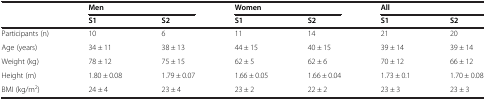
|  | <COLSPAN=2> Men | <COLSPAN=2> Women | <COLSPAN=2> All |
 |  | S1 | S2 | S1 | S2 | S1 | S2 |
 | --- | --- | --- | --- | --- | --- | --- |
 | Participants (n) | 10 | 6 | 11 | 14 | 21 | 20 |
 | Age (years) | 34 ± 11 | 38 ± 13 | 44 ± 15 | 40 ± 15 | 39 ± 14 | 39 ± 14 |
 | Weight (kg) | 78 ± 12 | 75 ± 15 | 62 ± 5 | 62 ± 6 | 70 ± 12 | 66 ± 12 |
 | Height (m) | 1.80 ± 0.08 | 1.79 ± 0.07 | 1.66 ± 0.05 | 1.66 ± 0.04 | 1.73 ± 0.1 | 1.70 ± 0.08 |
 | BMI (kg/m2) | 24 ± 4 | 23 ± 4 | 23 ± 2 | 22 ± 2 | 23 ± 3 | 23 ± 3 |